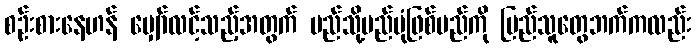
စဉ်းစားနေဟန် မျှော်လင့်သည့်အတွက် မည်သို့မည်ပုံဖြစ်မည်ကို ပြည်သူတွေဘက်ကလည်း